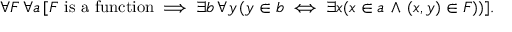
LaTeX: \forall F \, \forall a \, [ F { \mathrm { ~ i s ~ a ~ f u n c t i o n } } \implies \exists b \, \forall y \, ( y \in b \iff \exists x ( x \in a \, \land \, ( x , y ) \in F ) ) ] .